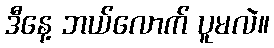
ဒီနေ့ ဘယ်လောက် ပူမလဲ။